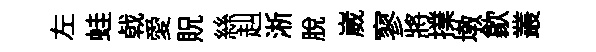
左蛙㦸愛貺絲赳淅脫崴寥將擈墩歙叢